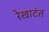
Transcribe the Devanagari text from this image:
रेखाटंत